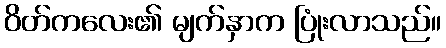
ဝိတ်ကလေး၏ မျက်နှာက ပြုံးလာသည်။